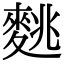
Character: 𪌪